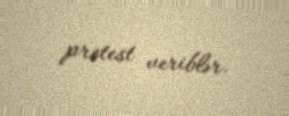
protest veriblər.